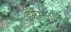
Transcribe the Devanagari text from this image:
इनैमेलॉन